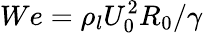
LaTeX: We=\rho_{l}U_{0}^{2}R_{0}/\gamma